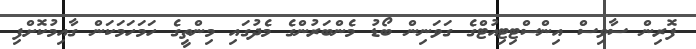
ފޮރިން ސާވިސް އިންސްޓިޓިއުޓްގެ ގަވަނިން ބޯޑު މެންބަރުންގެ މެދުގައި މިންތީގެ ހަމަހަމަކަން ގާއިމުކޮށްފި